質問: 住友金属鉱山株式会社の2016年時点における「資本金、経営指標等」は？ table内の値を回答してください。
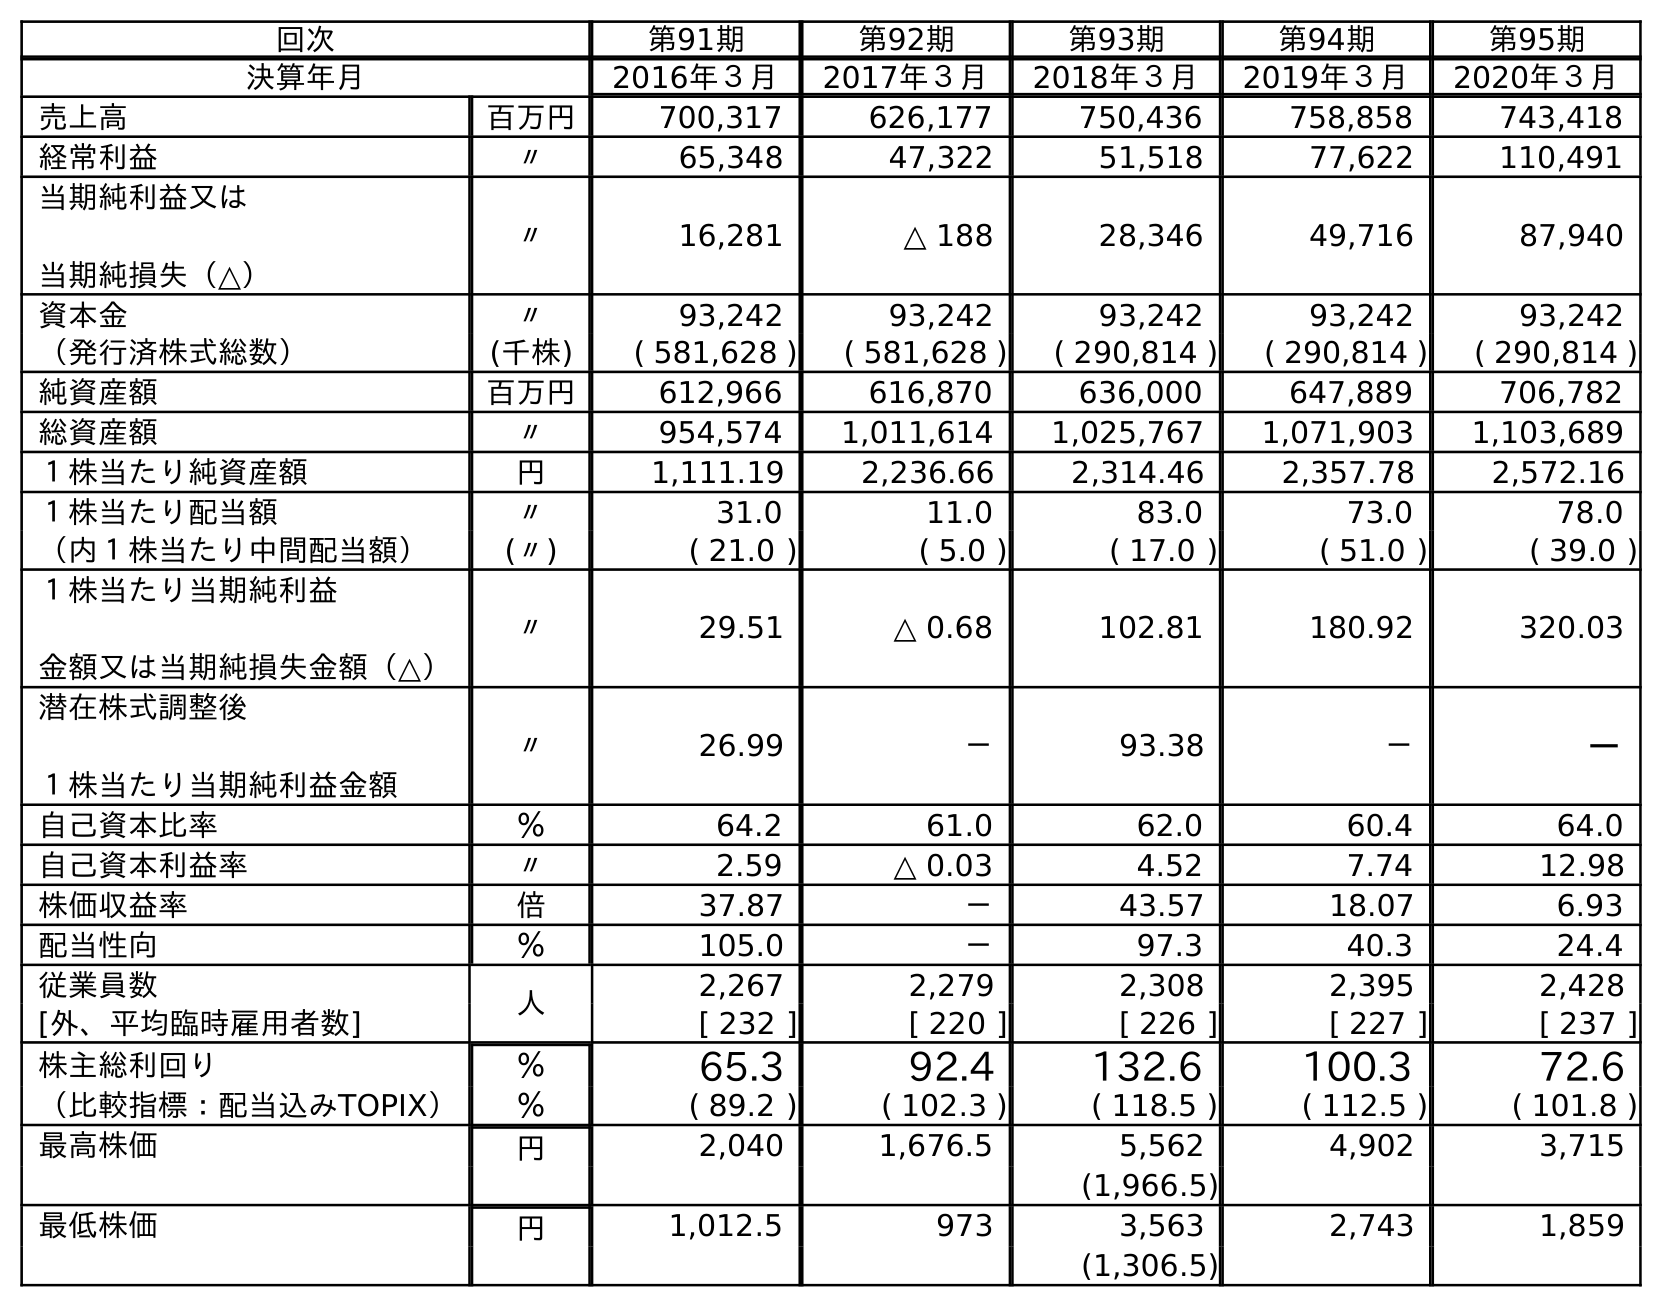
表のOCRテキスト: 回次 第91期 第92期 第93期 第94期 第95期 決算年月 2016年３月 2017年３月 2018年３月 2019年３月 2020年３月 売上高 百万円 700,317 626,177 750,436 758,858 743,418 経常利益 〃 65,348 47,322 51,518 77,622 110,491 当期純利益又は 当期純損失（△） 〃 16,281 △ 188 28,346 49,716 87,940 資本金 〃 93,242 93,242 93,242 93,242 93,242 （発行済株式総数） (千株) ( 581,628 ) ( 581,628 ) ( 290,814 ) ( 290,814 ) ( 290,814 ) 純資産額 百万円 612,966 616,870 636,000 647,889 706,782 総資産額 〃 954,574 1,011,614 1,025,767 1,071,903 1,103,689 １株当たり純資産額 円 1,111.19 2,236.66 2,314.46 2,357.78 2,572.16 １株当たり配当額 〃 31.0 11.0 83.0 73.0 78.0 （内１株当たり中間配当額） (〃) ( 21.0 ) ( 5.0 ) ( 17.0 ) ( 51.0 ) ( 39.0 ) １株当たり当期純利益 金額又は当期純損失金額（△） 〃 29.51 △ 0.68 102.81 180.92 320.03 潜在株式調整後 １株当たり当期純利益金額 〃 26.99 － 93.38 － － 自己資本比率 ％ 64.2 61.0 62.0 60.4 64.0 自己資本利益率 〃 2.59 △ 0.03 4.52 7.74 12.98 株価収益率 倍 37.87 － 43.57 18.07 6.93 配当性向 ％ 105.0 － 97.3 40.3 24.4 従業員数 人 2,267 2,279 2,308 2,395 2,428 [外、平均臨時雇用者数] [ 232 ] [ 220 ] [ 226 ] [ 227 ] [ 237 ] 株主総利回り ％ 65.3 92.4 132.6 100.3 72.6 （比較指標：配当込みTOPIX） ％ ( 89.2 ) ( 102.3 ) ( 118.5 ) ( 112.5 ) ( 101.8 ) 最高株価 円 2,040 1,676.5 5,562 4,902 3,715 (1,966.5) 最低株価 円 1,012.5 973 3,563 2,743 1,859 (1,306.5)
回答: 93,242